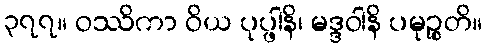
၃၇၇။ ဝဿိကာ ဝိယ ပုပ္ဖါနိ၊ မဒ္ဒဝါနိ ပမုဉ္စတိ။